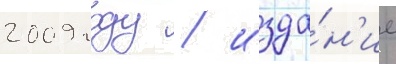
2009 году / изда́н'ие